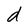
Character: d